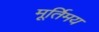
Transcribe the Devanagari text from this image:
मूर्तिमय